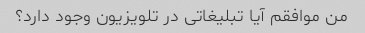
من موافقم آیا تبلیغاتی در تلویزیون وجود دارد؟